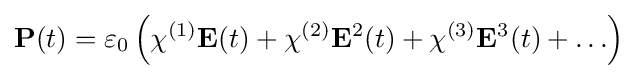
\mathbf {P} (t)=\varepsilon _{0}\left(\chi ^{(1)}\mathbf {E} (t)+\chi ^{(2)}\mathbf {E} ^{2}(t)+\chi ^{(3)}\mathbf {E} ^{3}(t)+\ldots \right)